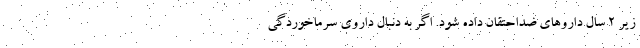
زیر 2 سال داروهای ضداحتقان داده شود. اگر به دنبال داروی سرماخوردگی